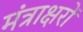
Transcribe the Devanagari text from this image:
मंत्राक्षरों